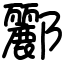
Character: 酈